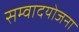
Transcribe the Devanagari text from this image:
सम्वादयोजना